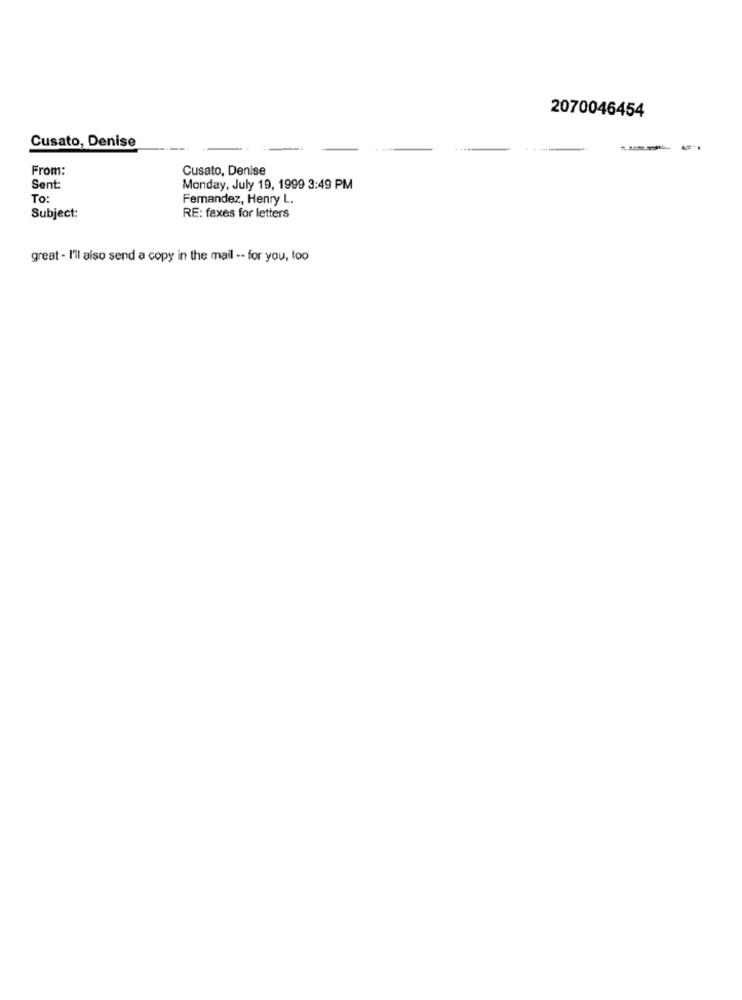
2070046454
Cusato, Denise
From:
Cusato, Denise
Sent:
Monday, July 19, 1999 3:49 PM
To:
Fernandez, Henry L.
Subject:
RE: faxes for letters
great - I'll also send a copy in the mail -- for you, too